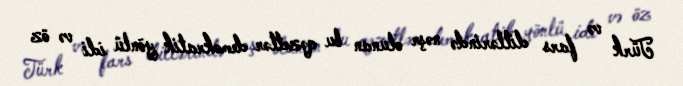
Türk və fars dillərində nəşr olunan bu qəzetlər demokratik yönlü idi və öz